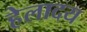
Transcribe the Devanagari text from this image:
हेलादय